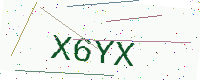
Text: X6YX